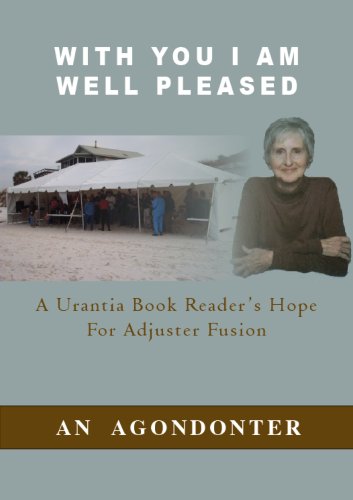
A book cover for With You I Am Well Pleased: A Urantia Book Reader's Hope For Adjuster Fusion; Carol Davidson; Religion & Spirituality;